Lunatic asylums Central Provinces reports 1886-1894 - 1886-1894
Year: 1886
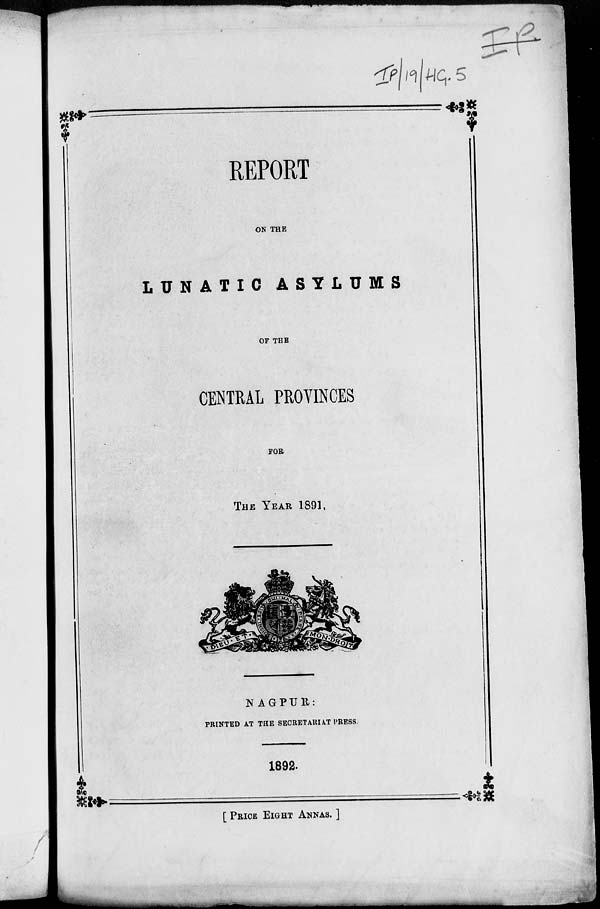
REPORT
ON THE
LUNATIC
ASYLUMS
OF THE
CENTRAL PROVINCES
FOR
THE YEAR 1891.
NAGPUR:
PRINTED AT THE SECRETARIAT PRESS.
1892.
[ PRICE EIGHT ANNAS. ]